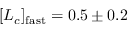
[ L _ { c } ] _ { \mathrm { f a s t } } = 0 . 5 \pm 0 . 2